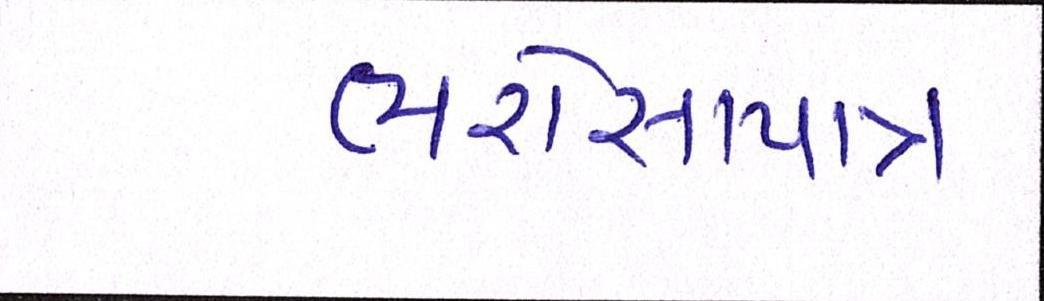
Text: ભરોસાપાત્ર